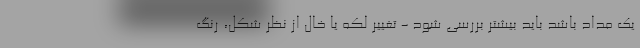
یک مداد باشد باید بیشتر بررسی شود - تغییر لکه یا خال از نظر شکل، رنگ